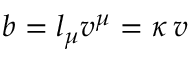
b = l _ { \mu } v ^ { \mu } = \kappa \, v